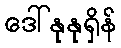
ဒေါ်နုနုရှိန်